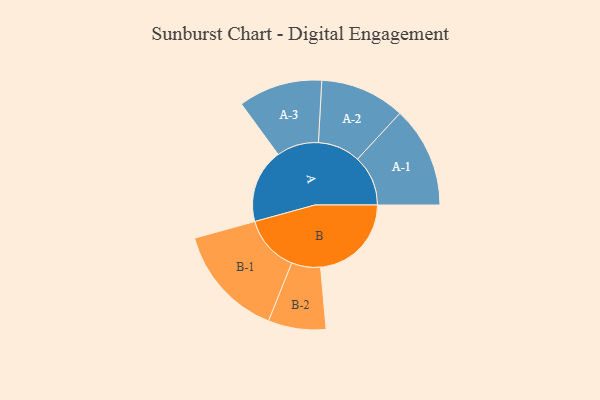
{"axis": {"x": "Segment", "y": "Value"}, "legend": ["", "A", "B"], "data": [{"x": "A", "y": 311, "type": ""}, {"x": "B", "y": 381, "type": ""}, {"x": "A-1", "y": 212, "type": "A"}, {"x": "A-2", "y": 178, "type": "A"}, {"x": "A-3", "y": 176, "type": "A"}, {"x": "B-1", "y": 237, "type": "B"}, {"x": "B-2", "y": 121, "type": "B"}]}